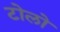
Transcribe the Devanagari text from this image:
टोलो